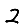
Digit: 2